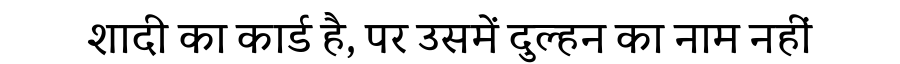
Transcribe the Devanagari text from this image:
शादी का कार्ड है, पर उसमें दुल्हन का नाम नहीं